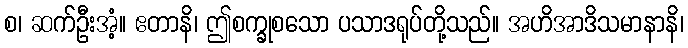
စ၊ ဆက်ဦးအံ့။ ဧတာနိ၊ ဤစက္ခုစသော ပသာဒရုပ်တို့သည်။ အဟိအာဒိသမာနာနိ၊